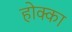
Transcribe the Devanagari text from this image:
होक्का